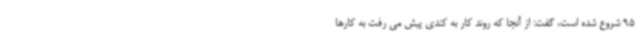
95 شروع شده است، گفت: از آنجا که روند کار به کندی پیش می رفت به کارها